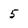
Character: 5